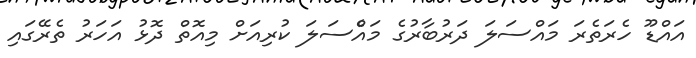
އައްޑޫ ހެރަތެރަ މައްސަލަ ދަރުބާރުގެ މައްެސަލަ ކުރިއަށް މިއޮތް ދޮޅު އަހަރު ތެރޭގައި